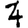
Digit: 4